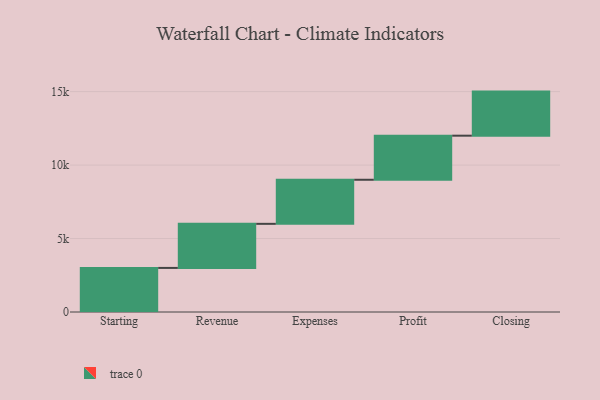
{"axis": {"x": "Step", "y": "Value"}, "legend": [""], "data": [{"x": "Starting", "y": 3000, "type": ""}, {"x": "Revenue", "y": 3000, "type": ""}, {"x": "Expenses", "y": 3000, "type": ""}, {"x": "Profit", "y": 3000, "type": ""}, {"x": "Closing", "y": 3000, "type": ""}]}